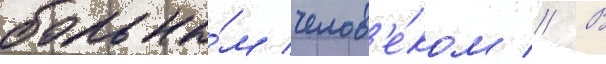
больны́м челов'е́ком // В